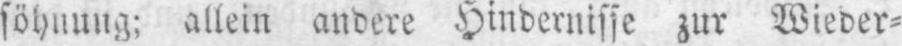
söhnung; allein andere Hindernisse zur Wieder⸗